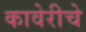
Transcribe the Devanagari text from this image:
कावेरीचे